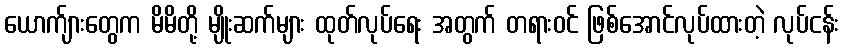
ယောက်ျားတွေက မိမိတို့ မျိုးဆက်များ ထုတ်လုပ်ရေး အတွက် တရားဝင် ဖြစ်အောင်လုပ်ထားတဲ့ လုပ်ငန်း